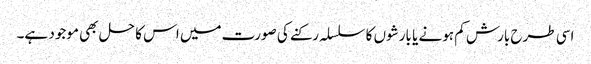
اسی طرح بارش کم ہونے یا بارشوں کا سلسلہ رکنے کی صورت میں اس کا حل بھی موجود ہے۔